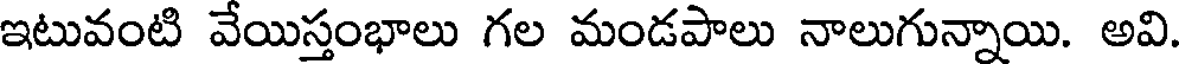
ఇటువంటి వేయిస్తంభాలు గల మండపాలు నాలుగున్నాయి. అవి